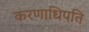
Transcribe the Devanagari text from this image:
करणाधिपति